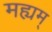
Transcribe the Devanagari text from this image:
मह्यम्